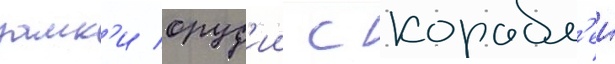
замк'и оруд'ии с корабл'еи